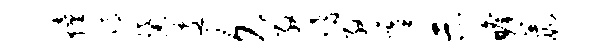
幢蹲黛逶久殷嗜殷虞示瞻葭